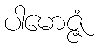
ပါမောဇ္ဇံ